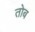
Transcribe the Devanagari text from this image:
तोब